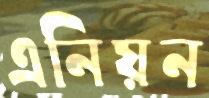
এনিয়ন